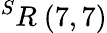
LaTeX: ^{S}R\ (7,7)